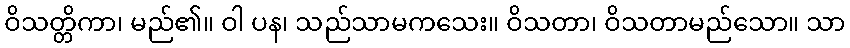
ဝိသတ္တိကာ၊ မည်၏။ ဝါ ပန၊ သည်သာမကသေး။ ဝိသတာ၊ ဝိသတာမည်သော။ သာ